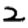
Digit: 2